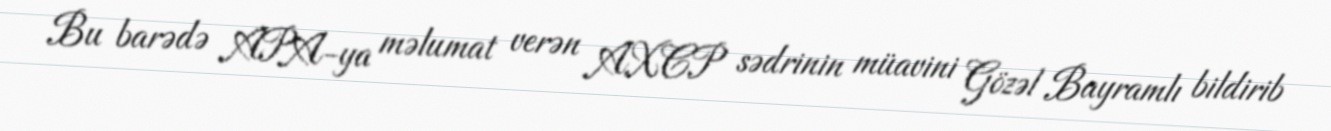
Bu barədə APA-ya məlumat verən AXCP sədrinin müavini Gözəl Bayramlı bildirib